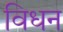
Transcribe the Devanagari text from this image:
विधन